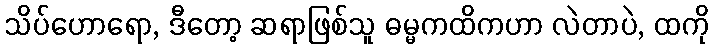
သိပ်ဟောရော, ဒီတော့ ဆရာဖြစ်သူ ဓမ္မကထိကဟာ လဲတာပဲ, ထကို